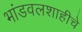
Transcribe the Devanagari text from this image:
भांडवलशाहीचे